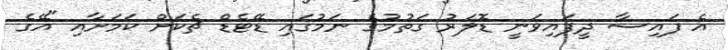
އެ ފައިސާ ދީފައިވަނީ ޑޮލަރު ގަތުމުގެ ނަމުގައި ޑޭޓެޑް ޗެކަށް ކަމަށާއި "އޭގެ